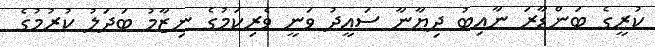
ކުރީގެ ބަންޑާރަ ނާއިބު ދިޔާނާ ސައީދު ވަނީ ވެރިކަމުގެ ނިޒާމު ބަދަލު ކުރުމުގެ